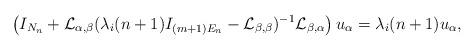
LaTeX: \begin{align*}\left(I_{N_n}+\mathcal{L}_{\alpha,\beta}(\lambda_i(n+1)I_{(m+1)E_n}-\mathcal{L}_{\beta,\beta})^{-1}\mathcal{L}_{\beta,\alpha}\right)u_{\alpha}=\lambda_i(n+1)u_{\alpha},\end{align*}